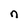
Character: n